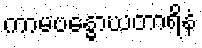
ကာမဗန္ဓောဃတာရိနံ